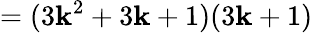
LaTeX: =(3\mathbf{k}^{2}+3\mathbf{k}+1)(3\mathbf{k}+1)